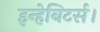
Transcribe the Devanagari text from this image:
इन्हेबिटर्स।